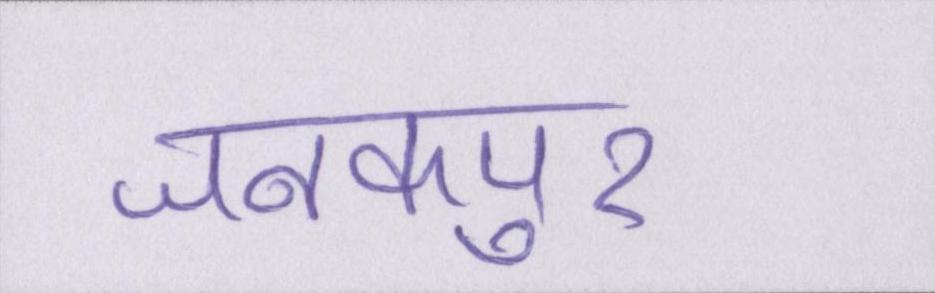
जनकपुर